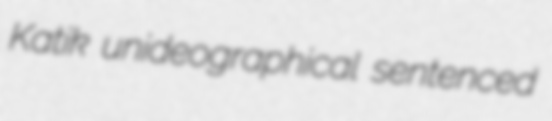
Katik unideographical sentenced